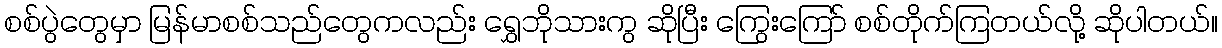
စစ်ပွဲတွေမှာ မြန်မာစစ်သည်တွေကလည်း ရွှေဘိုသားကွ ဆိုပြီး ကြွေးကြော် စစ်တိုက်ကြတယ်လို့ ဆိုပါတယ်။